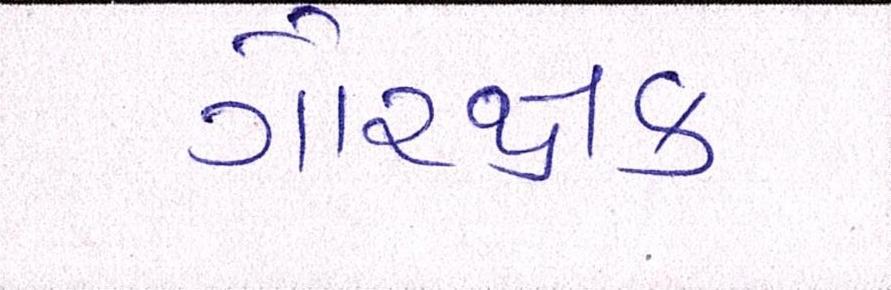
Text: ગૌરક્ષક